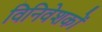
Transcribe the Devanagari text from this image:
विनिवेशकों